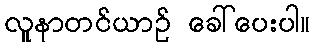
လူနာတင်ယာဉ် ခေါ်ပေးပါ။